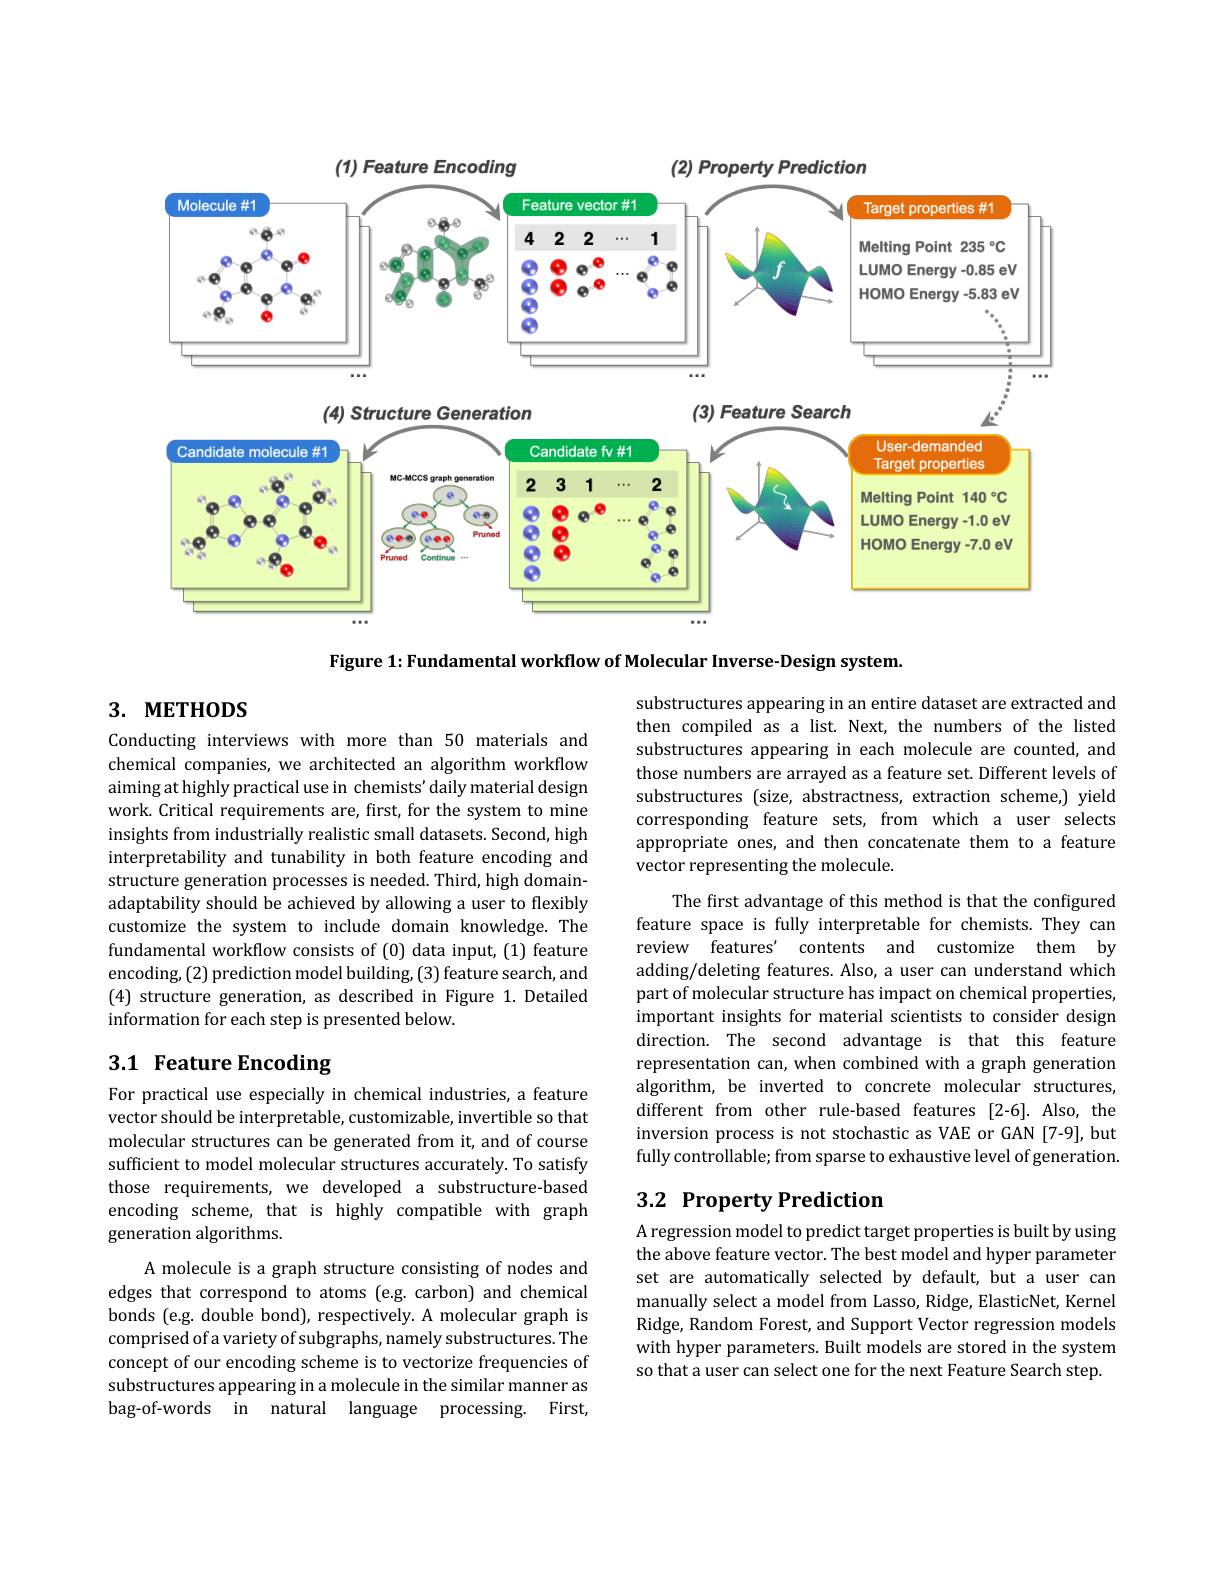
<FigureHere>

Figure 1: Fundamental workflow of Molecular Inverse- Design system.

# 3. метнор$S$

substructures appearing in an entire dataset are extracted and then compiled as a list. Next, the numbers of the listed substructures appearing in each molecule are counted, and those numbers are arrayed as a feature set. Different levels of substructures (size, abstractness, extraction scheme,) yield corresponding feature sets, from which a user selects appropriate ones, and then concatenate them to a feature vector representing the molecule.

Conducting interviews with more than 50 materials and chemical companies, we architected an algorithm workflow aiming at highly practical use in chemists' daily material design work. Critical requirements are, first, for the system to mine insights from industrially realistic small datasets. Second, high interpretability and tunability in both feature encoding and structure generation processes is needed. Third, high domainadaptability should be achieved by allowing a user to flexibly customize the system to include domain knowledge. The fundamental workflow consists of (0) data input, (1) feature encoding, (2) prediction model building, (3) feature search, and (4) structure generation, as described in Figure 1. Detailed information for each step is presented below.

The first advantage of this method is that the configured feature space is fully interpretable for chemists.They can review features' contents and customize them by adding/deleting features. Also, a user can understand which part of molecular structure has impact on chemical properties, important insights for material scientists to consider design direction. The second advantage is that this feature representation can, when combined with a graph generation algorithm, be inverted to concrete molecular structures, different from other rule-based features [2-6].Also, the inversion process is not stochastic as VAE or GAN[7-9],but fully controllable; from sparse to exhaustive level of generation.

# 3.1 Feature Encoding

# 3.2 Property Prediction

For practical use especially in chemical industries, a feature vector should be interpretable, customizable, invertible so that molecular structures can be generated from it, and of course sufficient to model molecular structures accurately. To satisfy those requirements, we developed a substructure-based encoding scheme, that is highly compatible with graph generation algorithms.
A molecule is a graph structure consisting of nodes and edges that correspond to atoms (e.g. carbon) and chemical bonds (e.g. double bond), respectively. A molecular graph is comprised of a variety of subgraphs, namely substructures. The concept of our encoding scheme is to vectorize frequencies of substructures appearing in a molecule in the similar manner as bag-of-words in natural language processing. First,

A regression model to predict target properties is built by using the above feature vector. The best model and hyper parameter set are automatically selected by default, but a user can manually select a model from Lasso, Ridge, ElasticNet, Kernel Ridge, Random Forest, and Support Vector regression models with hyper parameters. Built models are stored in the system so that a user can select one for the next Feature Search step.